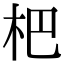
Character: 杷